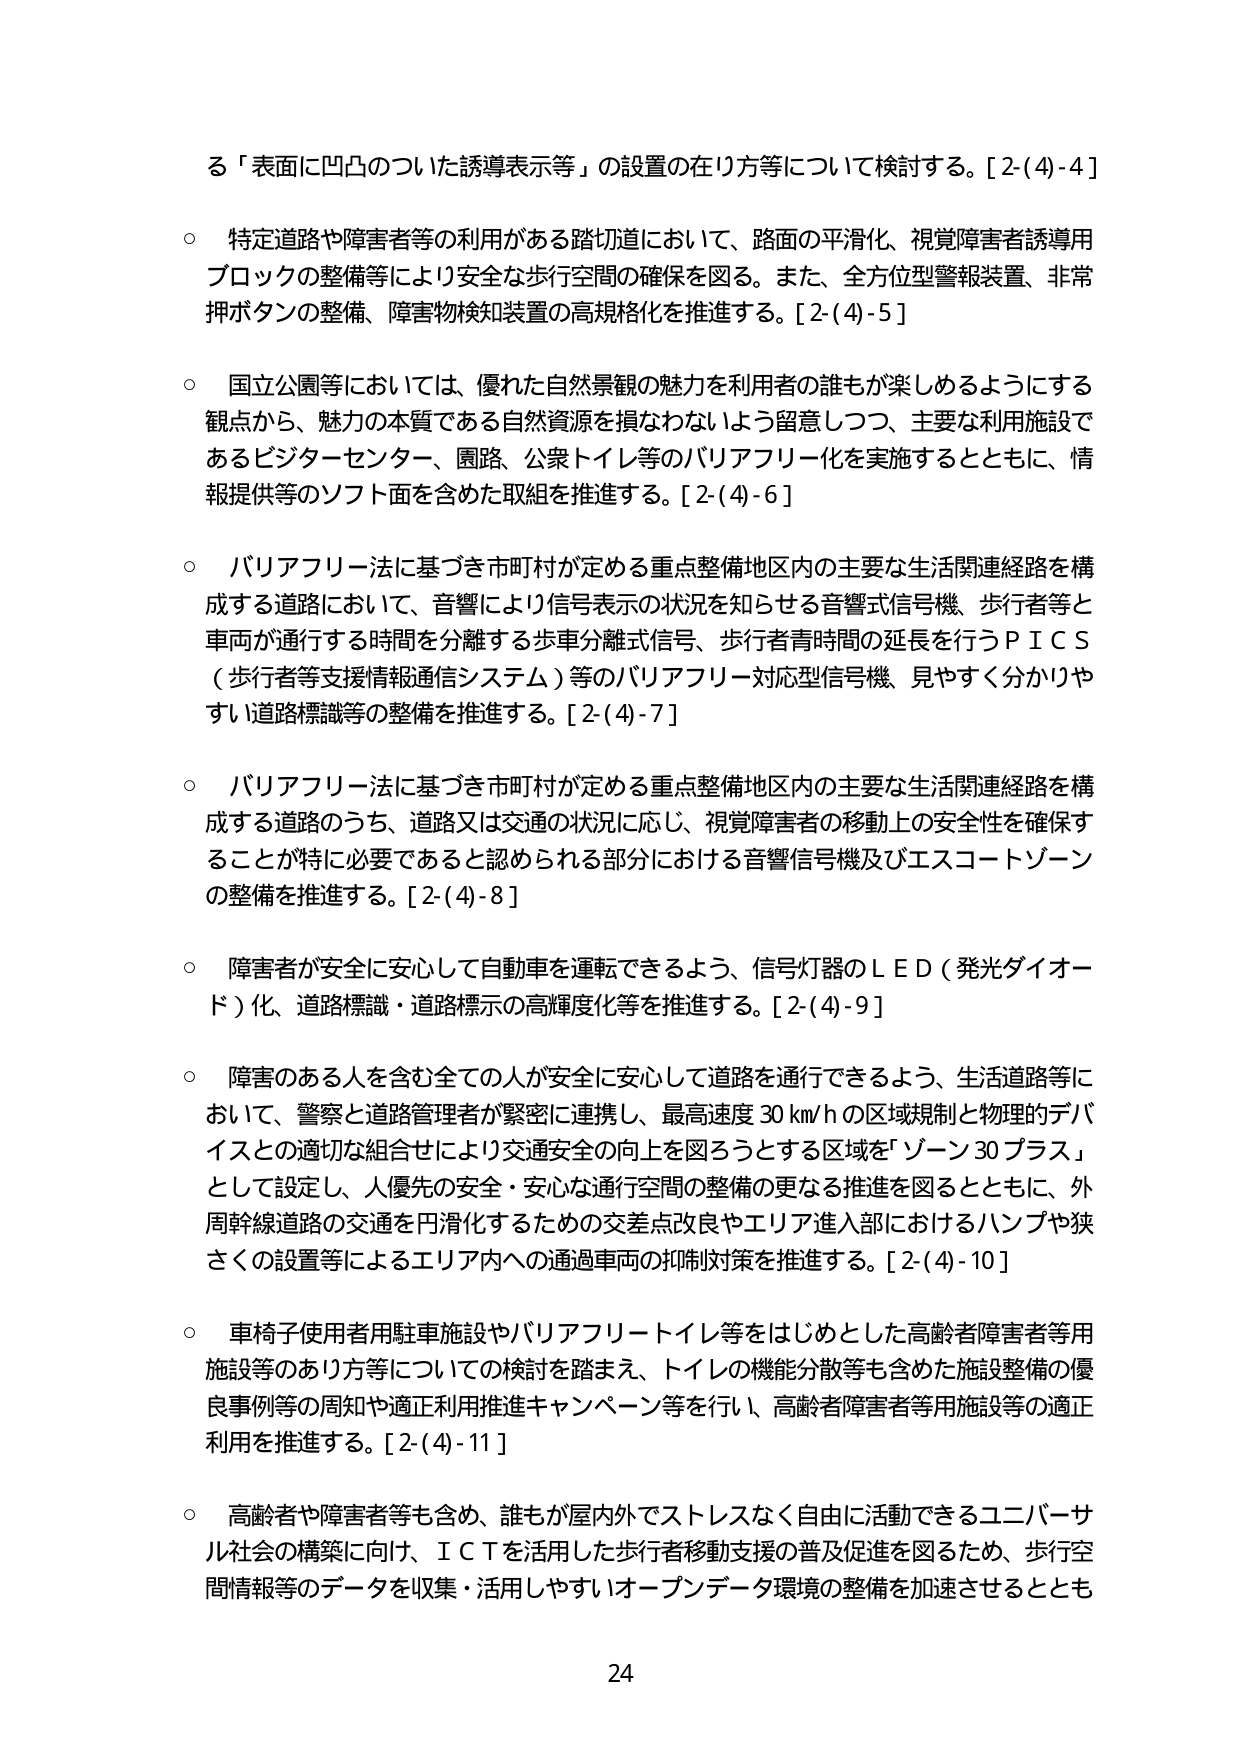
る「表面に凹凸のついた誘導表示等」の設置の在り方等について検討する。[2-(4)-4]

○ 特定道路や障害者等の利用がある踏切道において、路面の平滑化、視覚障害者誘導用ブロックの整備等により安全な歩行空間の確保を図る。また、全方位型警報装置、非常押ボタンの整備、障害物検知装置の高規格化を推進する。[2-(4)-5]

○ 国立公園等においては、優れた自然景観の魅力を利用者の誰もが楽しめるようにする観点から、魅力の本質である自然資源を損なわないよう留意しつつ、主要な利用施設であるビジターセンター、園路、公衆トイレ等のバリアフリー化を実施するとともに、情報提供等のソフト面を含めた取組を推進する。[2-(4)-6]

○ バリアフリー法に基づき市町村が定める重点整備地区内の主要な生活関連経路を構成する道路において、音響により信号表示の状況を知らせる音響式信号機、歩行者等と車両が通行する時間を分離する歩車分離式信号、歩行者青時間の延長を行うＰＩＣＳ（歩行者等支援情報通信システム）等のバリアフリー対応型信号機、見やすく分かりやすい道路標識等の整備を推進する。[2-(4)-7]

○ バリアフリー法に基づき市町村が定める重点整備地区内の主要な生活関連経路を構成する道路のうち、道路又は交通の状況に応じ、視覚障害者の移動上の安全性を確保することが特に必要であると認められる部分における音響信号機及びエスコートゾーンの整備を推進する。[2-(4)-8]

○ 障害者が安全に安心して自動車を運転できるよう、信号灯器のＬＥＤ（発光ダイオード）化、道路標識・道路標示の高輝度化等を推進する。[2-(4)-9]

○ 障害のある人を含む全ての人が安全に安心して道路を通行できるよう、生活道路等において、警察と道路管理者が緊密に連携し、最高速度30km/hの区域規制と物理的デバイスとの適切な組合せにより交通安全の向上を図ろうとする区域を「ゾーン30プラス」として設定し、人優先の安全・安心な通行空間の整備の更なる推進を図るとともに、外周幹線道路の交通を円滑化するための交差点改良やエリア進入部におけるハンプや狭さくの設置等によるエリア内への通過車両の抑制対策を推進する。[2-(4)-10]

○ 車椅子使用者用駐車施設やバリアフリートイレ等をはじめとした高齢者障害者等用施設等のあり方等についての検討を踏まえ、トイレの機能分散等も含めた施設整備の優良事例等の周知や適正利用推進キャンペーン等を行い、高齢者障害者等用施設等の適正利用を推進する。[2-(4)-11]

○ 高齢者や障害者等も含め、誰もが屋内外でストレスなく自由に活動できるユニバーサル社会の構築に向け、ＩＣＴを活用した歩行者移動支援の普及促進を図るため、歩行空間情報等のデータを収集・活用しやすいオープンデータ環境の整備を加速させるととも

24